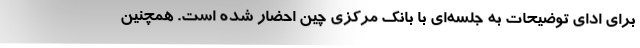
برای ادای توضیحات به جلسه‌ای با بانک مرکزی چین احضار شده است. همچنین